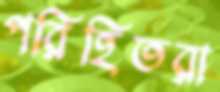
পরিহিতরা